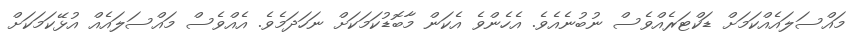
މައްސަލައެއްކަމަށް ޑަކްޓަރެއްވެސް ނުބުނެއެވެ. އެހެންވެ އެކަން މާބޮޑުކަމަކަށް ނަހަދަމެވެ. އެއްވެސް މައްސަލައެއް އުޅޭކަމަކަށް